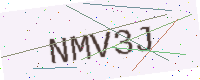
Text: NMV3J